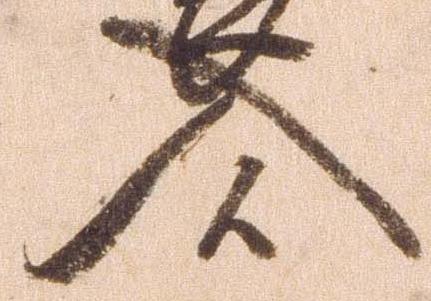
入